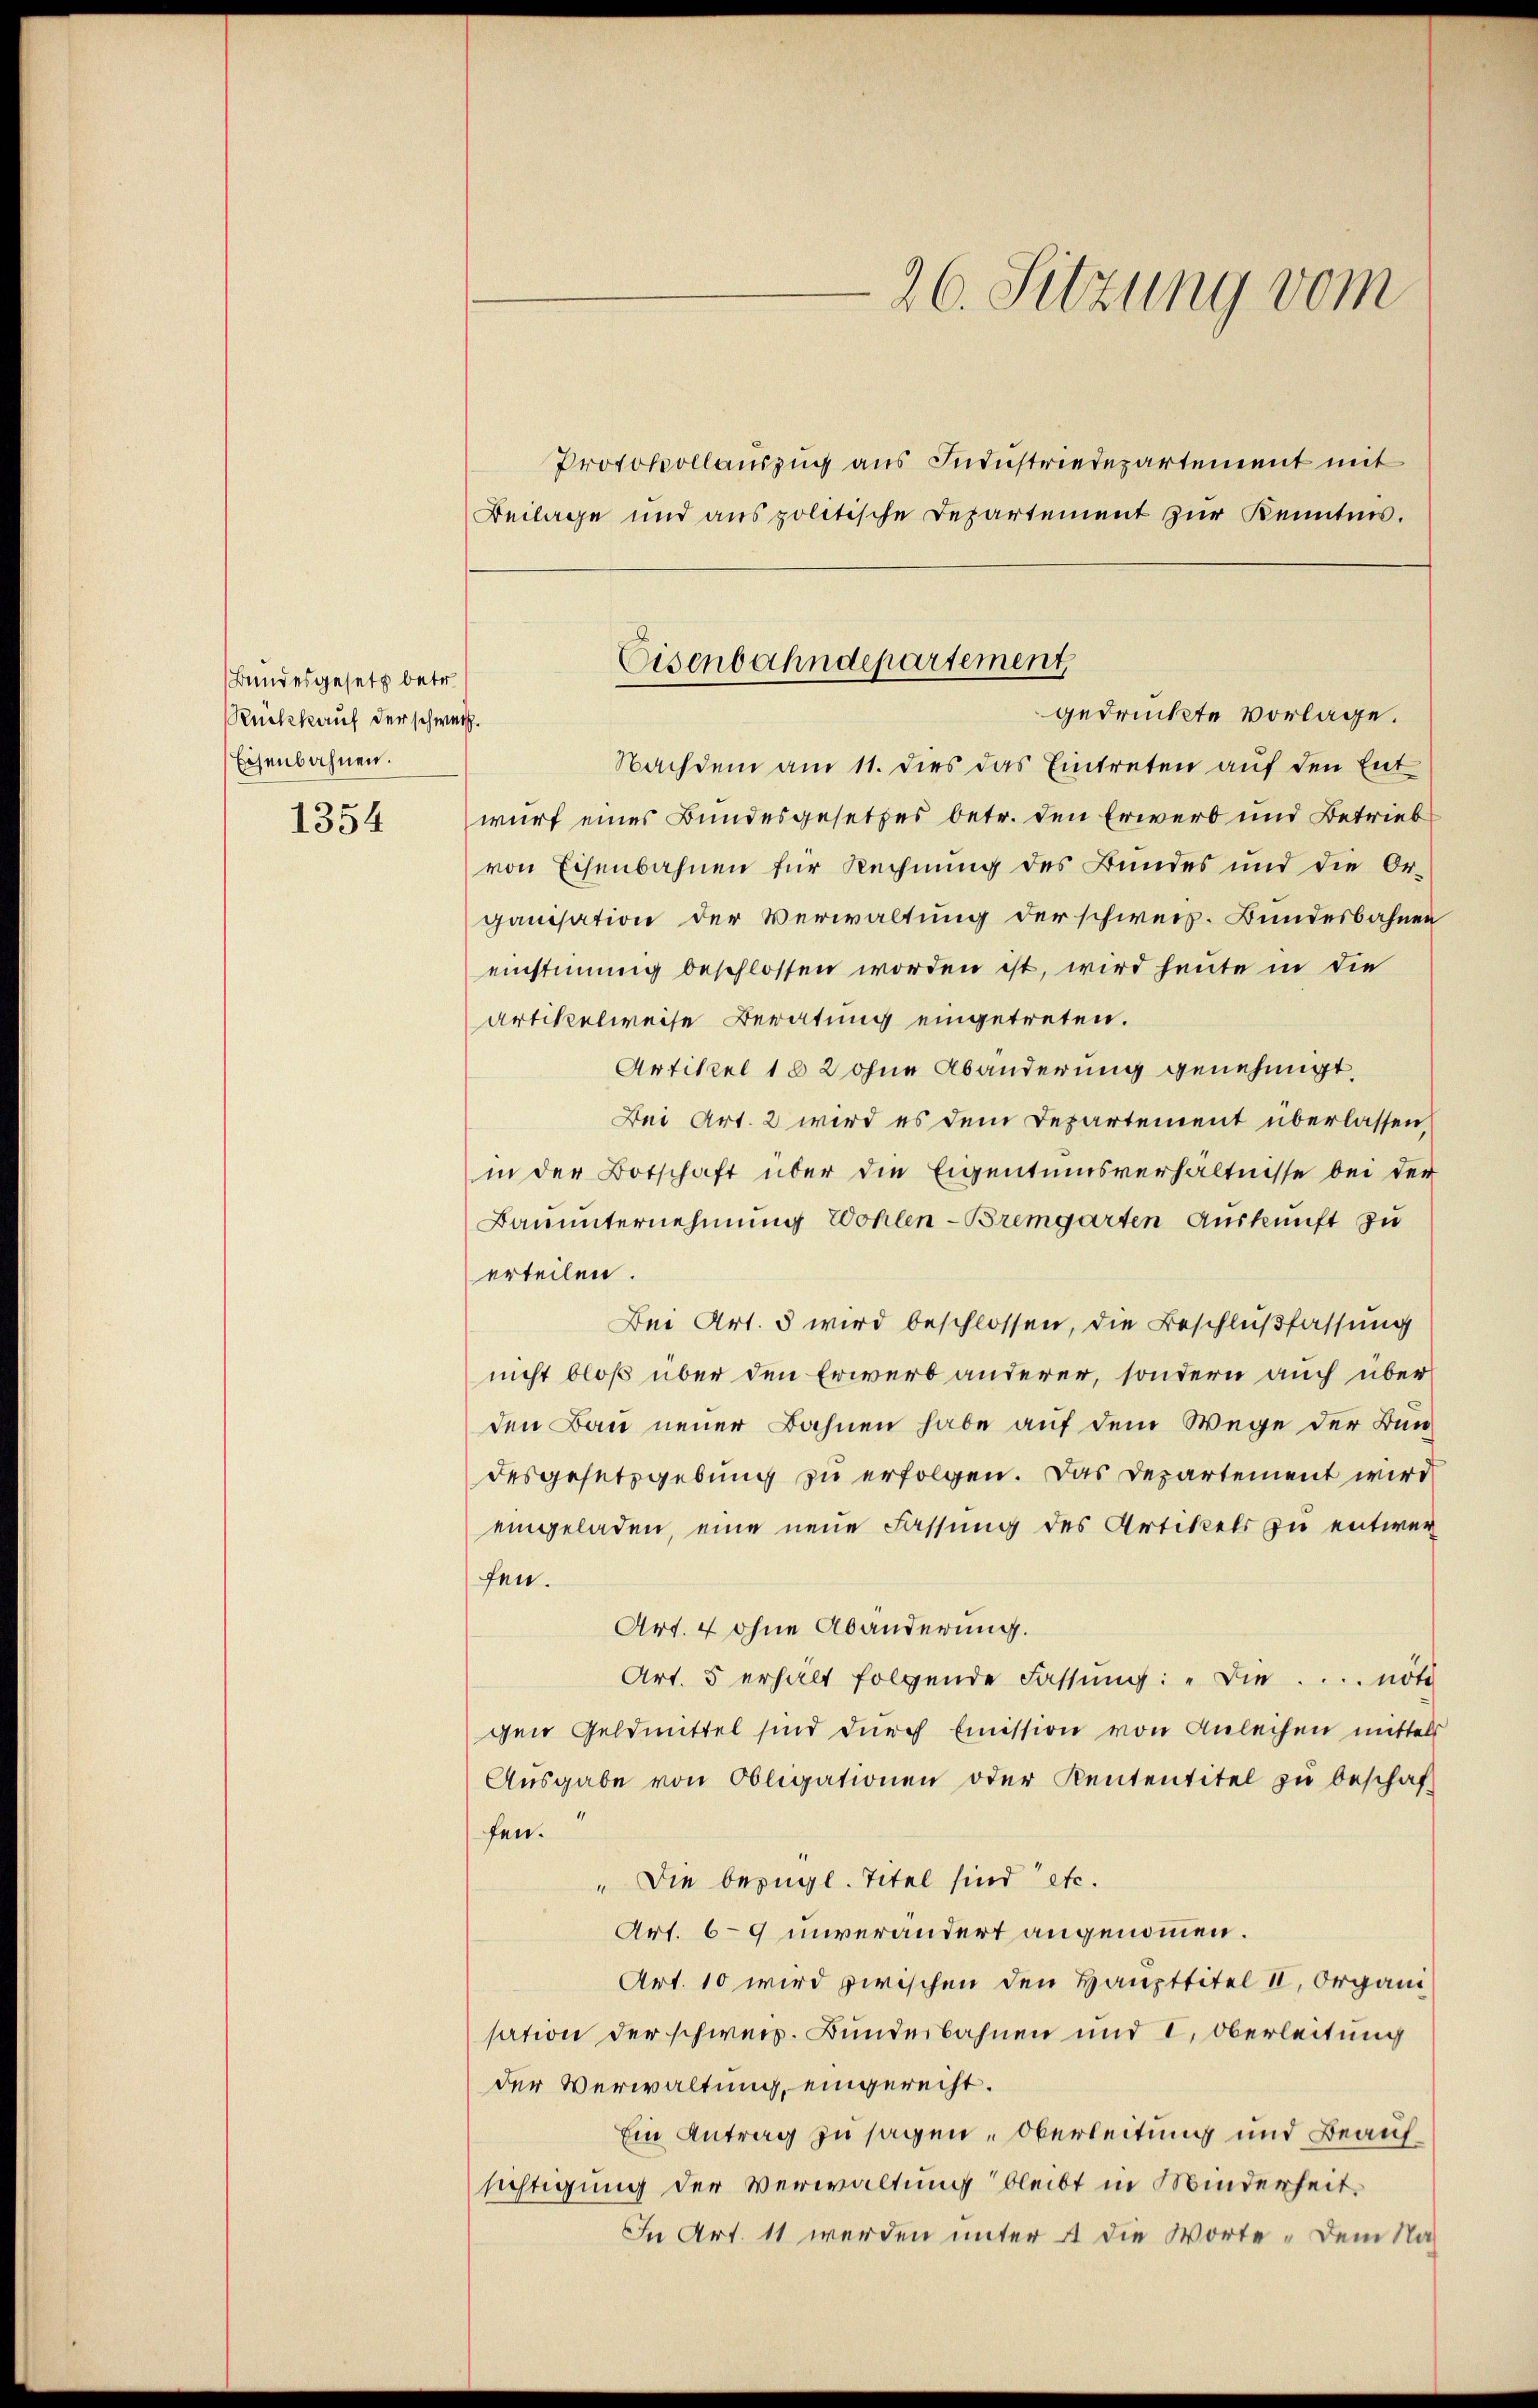
Bundesgesetz betr.
Rückkauf der schweiz.
Eisenbahnen.

1354

Protokollauszug aus Industriedepartement mit
Beilage und anspolitische Departement zur Kenntnis.

Nachdem am 11. dies das Eintreten auf den Entwurf eines Bundesgesetzes betr. den Erwerb und Betrieb
von Eisenbahnen für Rechnung des Bundes und die Organisation der Verwaltung der schweiz. Bundesbahnen
einstimmig beschlossen worden ist, wird heute in die
Artikelweise Beratung eingetreten.
Artikel 182 ohne Abänderung genehmigt.
Bei Art. 2 wird es dem Departement überlassen,
in der Botschaft über die Eigentumsverhältnisse bei der
Bauunternehmung Wohlen-Bremgarten Auskunft zu
erteilen.
Bei Art. 5 wird beschlossen, die Beschlußfassung
nicht bloß über den Erwerb anderer, sondern auch über
den Bau neuer Bahnen habe auf dem Wege der Bundesgesetzgebung zu erfolgen. Das Departement wird
eingeladen, eine neue Fassung des Artikels zu entwer
fen.
Art. 4 ohne Abänderung.
Art. 5 erhalt folgende Fassŭng: „Die .... nöt
gen Geldmittel sind durch Emission von Anleihen mittels
Ausgabe von Obligationen oder Kententitel zu beschaffen.
" Die bezügl. Titel sind etc.
Art. 69 unverändert angenommen.
Art. 10 wird zwischen den Haupttitel II. Organi
sation der schweiz. Bunderbahnen und I. Oberleitung
der Verwaltung, eingerecht.
Ein Antrag zu sagen, Oberleitung und Beaufsichtigung der Verwaltung bleibt in Minderheit.
In Art. 11 werden unter 4 die Worte „Dem Nah

26. Sitzung vom

Eisenbahndepartement
gedruckte vorlage.